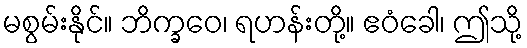
မစွမ်းနိုင်။ ဘိက္ခဝေ၊ ရဟန်းတို့။ ဧဝံခေါ၊ ဤသို့